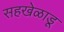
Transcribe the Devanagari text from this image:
सहखेळाडू